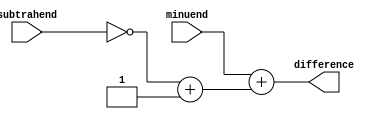
module subtractor (
    input [7:0] minuend, // 8-bit minuend input
    input [7:0] subtrahend, // 8-bit subtrahend input
    output reg [7:0] difference // 8-bit difference output
);

reg [7:0] twos_complement_subtrahend;

// Generate two's complement of subtrahend
assign twos_complement_subtrahend = ~subtrahend + 1;

// Ripple-carry adder structure for subtraction
assign difference = minuend + twos_complement_subtrahend;

endmodule